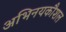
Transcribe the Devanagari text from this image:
अभिनयकौशल